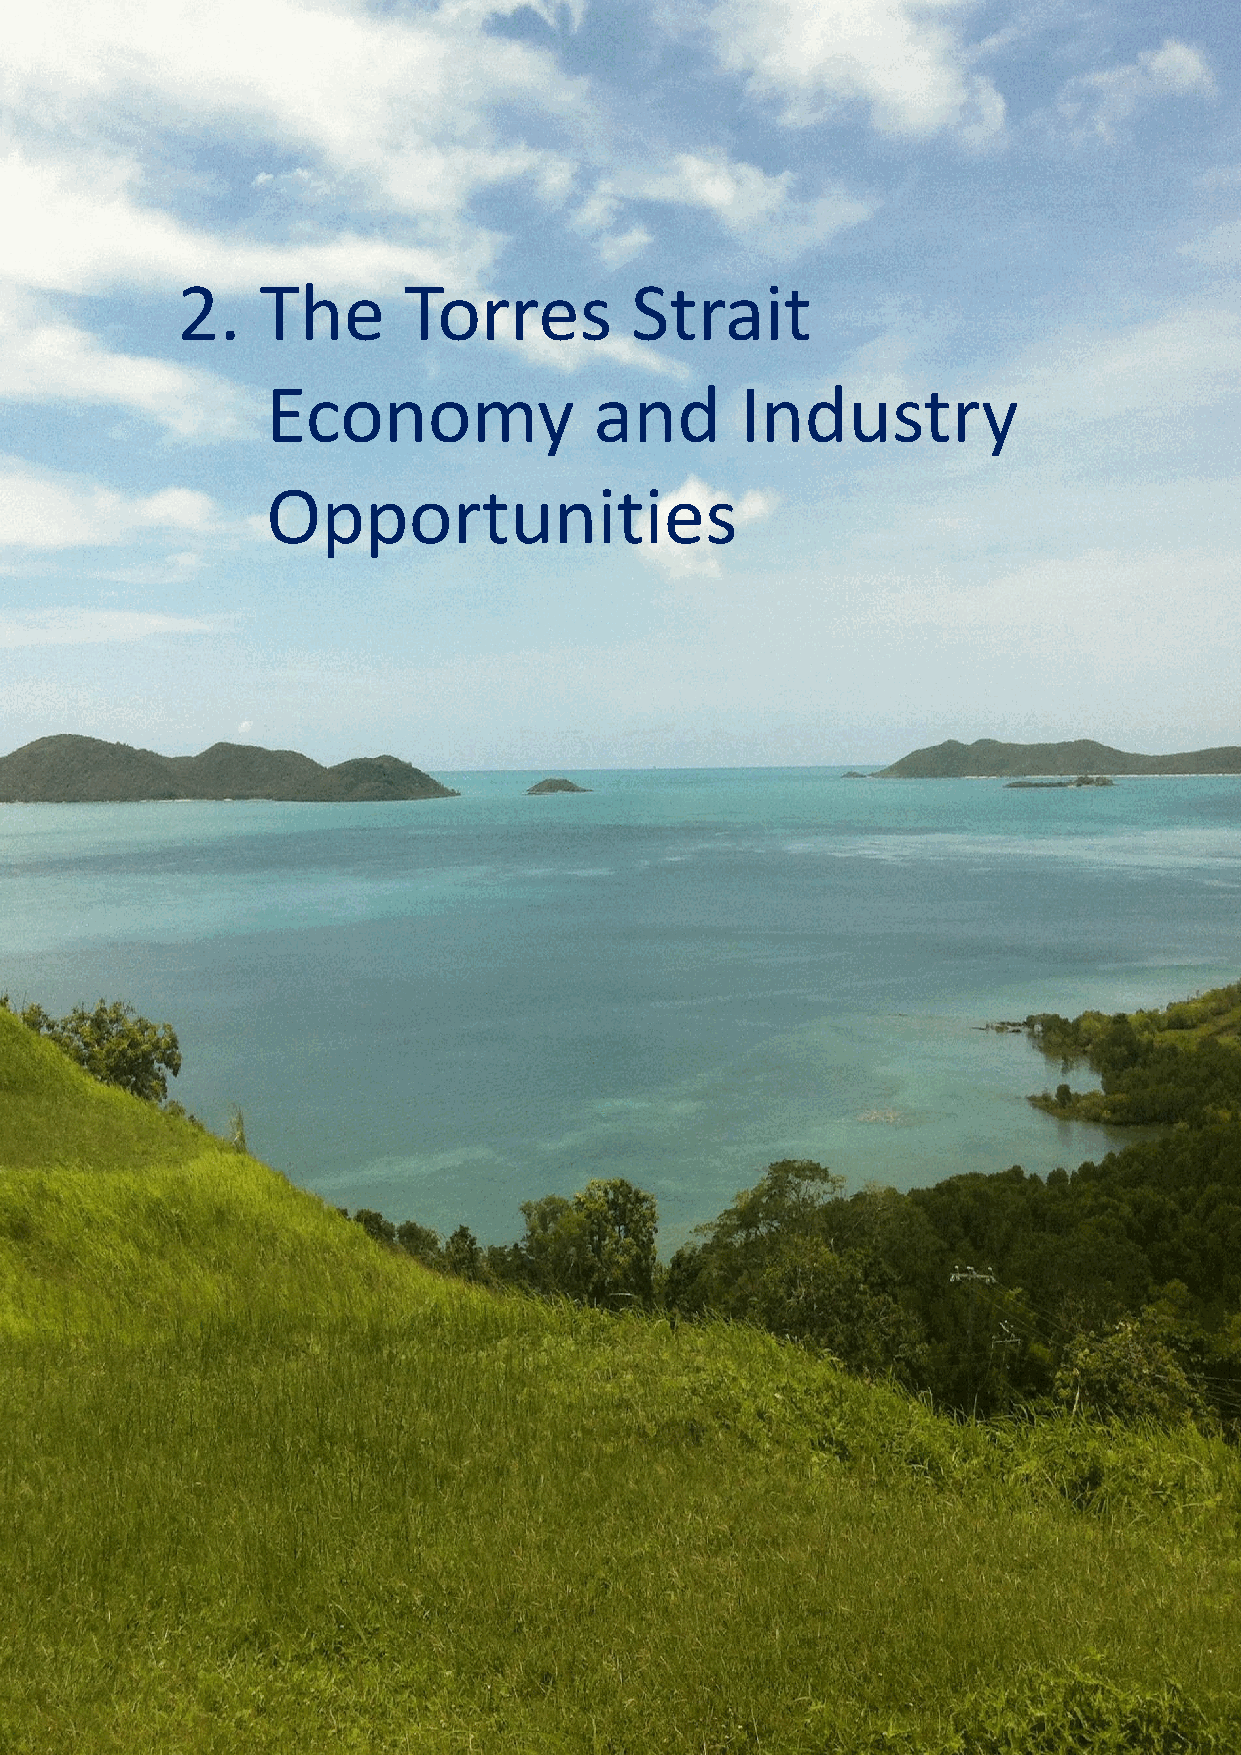
Page 29
 Torres Strait Regional Economic Investment Strategy /
 Phase 1: Regional Business Development Strategy
 2.   The       Torres         Strait
 Economy              and       Industry
 Opportunities
 Page | 13